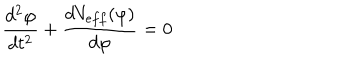
\frac { d ^ { 2 } \varphi } { d t ^ { 2 } } + \frac { d V _ { e f f } ( \varphi ) } { d \varphi } = 0